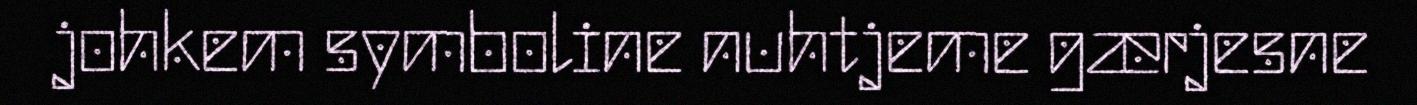
johkem symboline nuhtjeme gærjesne